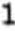
1